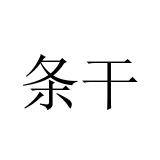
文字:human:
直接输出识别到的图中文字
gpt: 条干